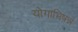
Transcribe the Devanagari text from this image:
योगाभिषन्नं